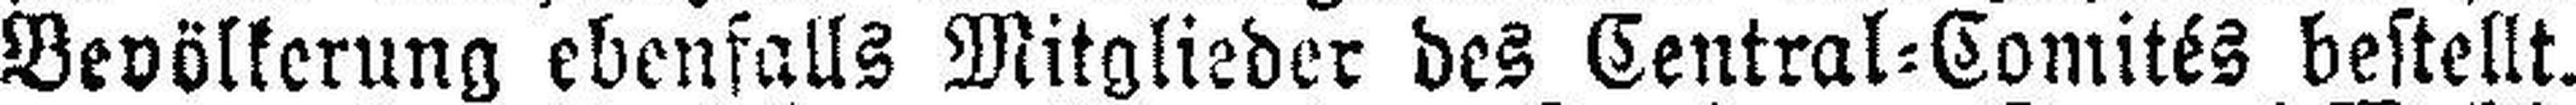
Bevölkerung ebenfalls Mitglieder des Central=Comités bestellt.